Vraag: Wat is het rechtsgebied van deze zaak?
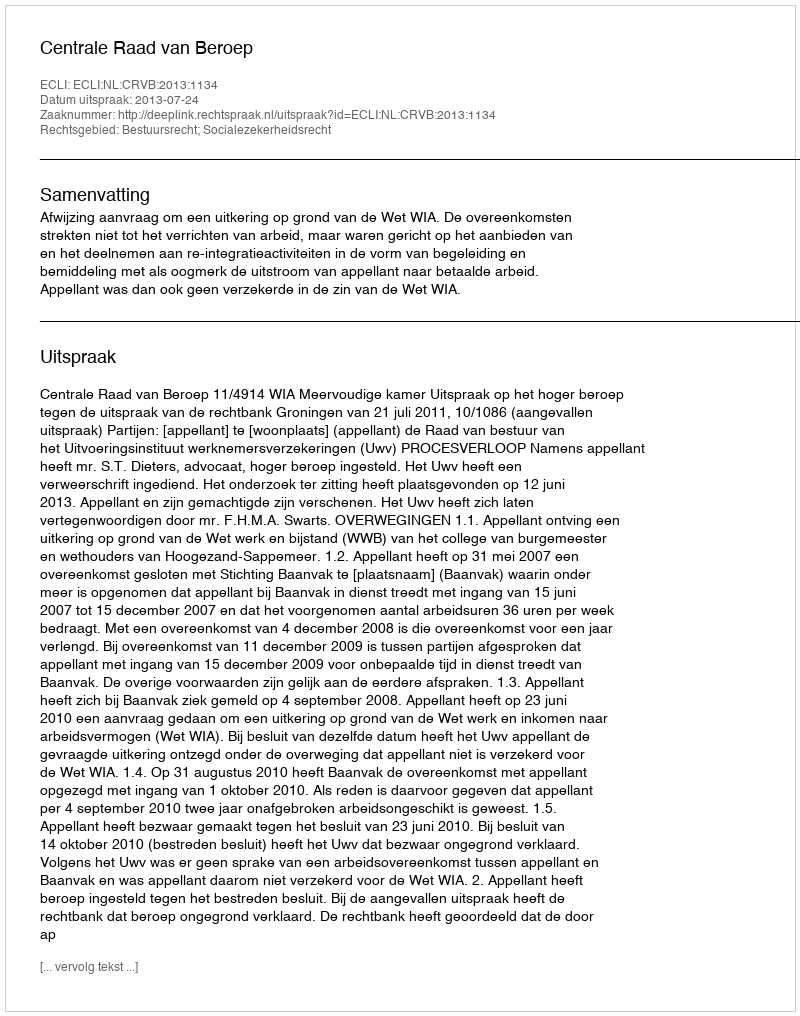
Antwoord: Bestuursrecht; Socialezekerheidsrecht